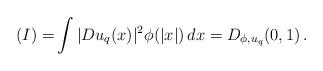
LaTeX: \begin{align*}(I) = & \int |Du_q (x)|^2 \phi (|x|)\, dx = D_{\phi, u_q} (0,1)\, .\end{align*}